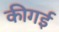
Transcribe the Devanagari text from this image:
कीगई